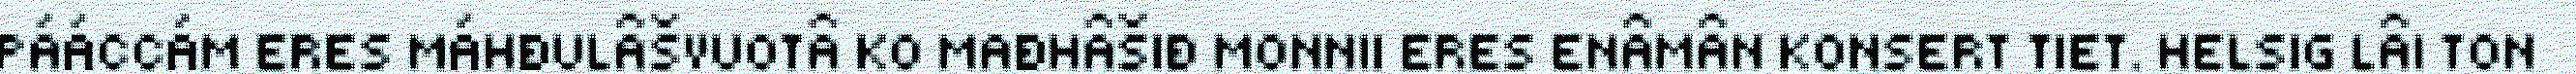
PÁÁCCÁM ERES MÁHĐULÂŠVUOTÂ KO MAĐHÂŠIĐ MONNII ERES ENÂMÂN KONSERT TIET. HELSIG LÂI TON